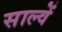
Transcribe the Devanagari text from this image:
साल्वें